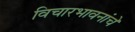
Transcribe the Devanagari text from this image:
विचारभावनांचे